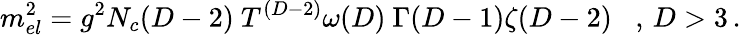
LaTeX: m_{el}^{2}=g^{2}N_{c}(D-2)\ T^{(D-2)}\omega(D)\ \Gamma(D-1)\zeta(D-2)\; \; \; ,\, D>3\, .